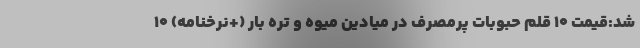
شد:قیمت 10 قلم حبوبات پرمصرف در میادین میوه و تره بار (+نرخنامه) 10